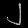
Digit: ၂